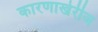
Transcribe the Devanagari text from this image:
कारणाखेरीज